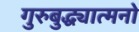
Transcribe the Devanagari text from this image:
गुरुबुद्ध्यात्मनो